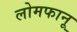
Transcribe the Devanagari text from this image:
लोमफानू